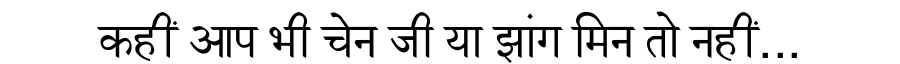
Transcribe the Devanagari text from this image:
कहीं आप भी चेन जी या झांग मिन तो नहीं...